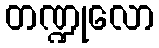
တဏ္ဍုလော